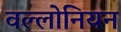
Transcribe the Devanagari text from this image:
वल्लोनियन